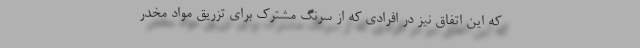
که این اتفاق نیز در افرادی که از سرنگ مشترک برای تزریق مواد مخدر